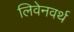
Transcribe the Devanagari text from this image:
लिवेनवर्थ